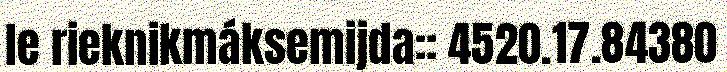
le rieknikmáksemijda:: 4520.17.84380